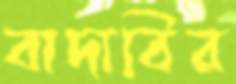
বাদাবির